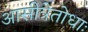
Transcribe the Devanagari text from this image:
आसीत्रेतोधाः